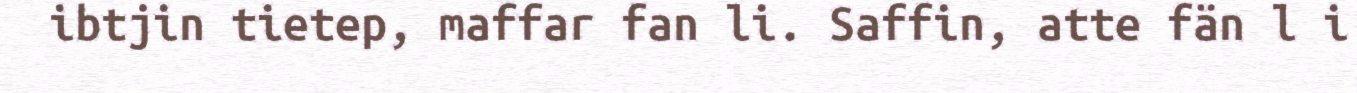
ibtjin tietep, maffar fan li. Saffin, atte fän l i